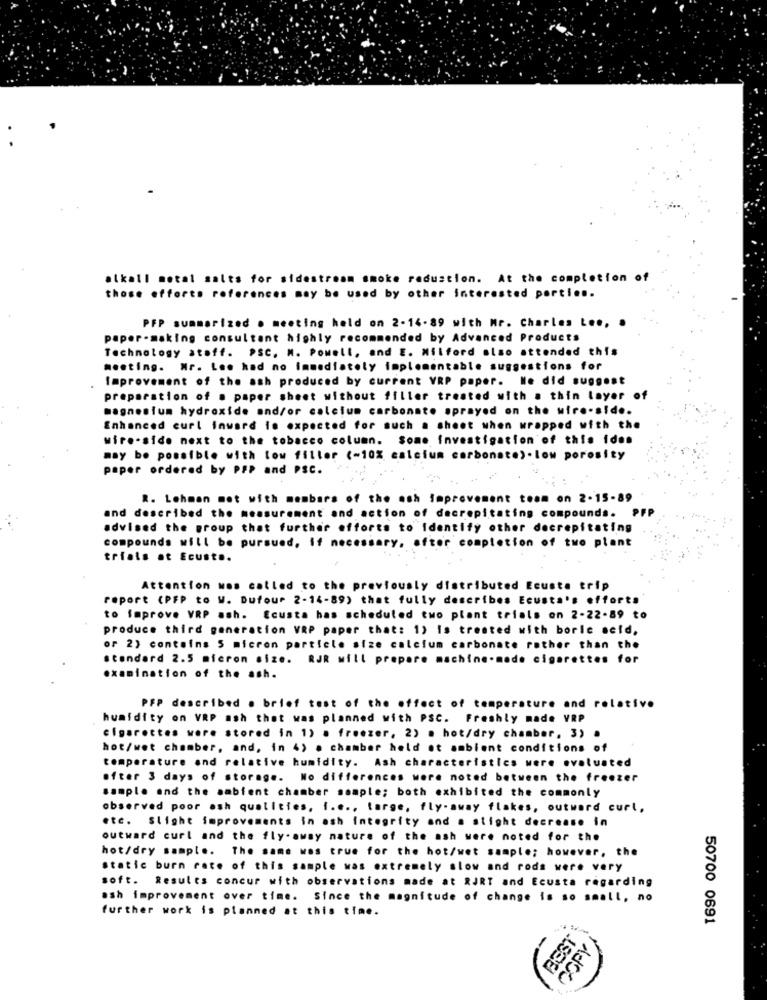
alkall metat salts for sidestream smoke reduction. At the completion of
those efforts references may be used by other interested parties.
PFP summarized . meeting held on 2-14-89 with Mr. Charles L ... .
paper-making consultant highly recommended by Advanced Products
Technology atoff. PSC. M. Powell, and E. Milford also attended this
meeting. Mr. Lee had no immediately implementable suggestions for
Improvement of the ash produced by current VRP paper. Ne did suggest
preparation of . paper sheet without filler treated with a thin layer of
magnesium hydroxide and/or calcium carbonate sprayed on the wire-side.
Enhanced curl inward is expected for such a shoot when wrapped with the
wire-side next to the tobacco column. Some investigation of this idea
may be possible with low filler (-10% calcium carbonate).low porosity
paper ordered by PFP and PSC.
R. Lohman met with members of the ash Improvement team on 2.15-89
and described the measurement and action of decrepitating compounds.
PFP
advised the group that further efforts to identify other decrepitating
compounds will be pursued, if necessary, after completion of two plant
trials at Ecust ..
Attention was called to the previously distributed Ecusta trip
report (PFP to W. Dufour 2-14-89) that fully describes Ecusta's efforts
to Improve VRP ash. Ecusta has scheduled two plant trials on 2-22-89 to
produce third generation VRP paper that: 1) is treated with boric seid.
or 2) contains 5 micron particle size calcium carbonate rather than the
standard 2.5 micron size. RJR will prepare machine.made cigarettes for
examination of the ash.
PFP described . brief test of the effect of temperature and relative
humidity on VRP ash that was planned with PSC. Freshly made VRP
cigarettes were stored in 1) . freezer, 2) . hot/dry chamber. 3) .
hot/wet chamber, and, in 4) . chamber held at ambient conditions of
temperature and relative humidity. Ash characteristics were evaluated
after 3 days of storage. No differences wore noted between the freezer
sample and the ambient chamber sample; both exhibited the commonly
observed poor ash qualities. i ..., large, fly-away flakes, outward curl,
etc. Slight improvements in ash Integrity and a slight decrease in
outward curl and the fly-away nature of the ash were noted for the
hot/dry sample. The same was true for the hot/wet sample; however, the
static burn rate of this sample was extremely slow and rods were very
soft. Results concur with observations made at RJRT and Ecusta regarding
ash improvement over time. Since the magnitude of change is so small, no
further work is planned at this time.
50700 0691
COPY
LSSEI